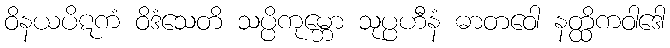
ဝိနယပိဋကံ ဝိဒံသေတိ သပ္ပိကုမ္ဘော သုပ္ပဟီနံ ဓာတဝေါ နတ္ထိကဝါဒေါ